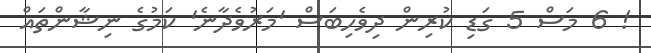
! 6 މަސް 5 ގަޑި ކުރިން ދިވެހިބަސް 'މަރުވެދާނެ' ކަމުގެ ނިޝާންތައް